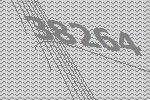
38264